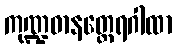
ကုဏ္ဍဓာနတ္ထေရဂါထာ